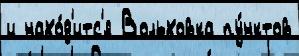
и нахо́д'итс'я Вольховка пу́нктов